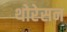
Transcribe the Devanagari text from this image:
थोरेसन